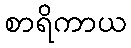
စာရိကာယ